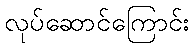
လုပ်ဆောင်ကြောင်း